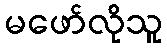
မဖော်လိုသူ